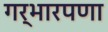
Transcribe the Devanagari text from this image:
गर्भारपणा